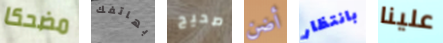
مضحكا بهاتفك صحيح أضن بانتظار علينا